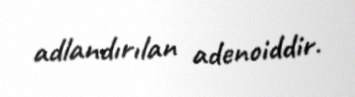
adlandırılan adenoiddir.